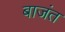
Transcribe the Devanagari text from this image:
बाजंत